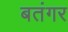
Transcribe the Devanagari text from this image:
बतंगर